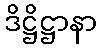
ဒိဋ္ဌိဋ္ဌာနာ